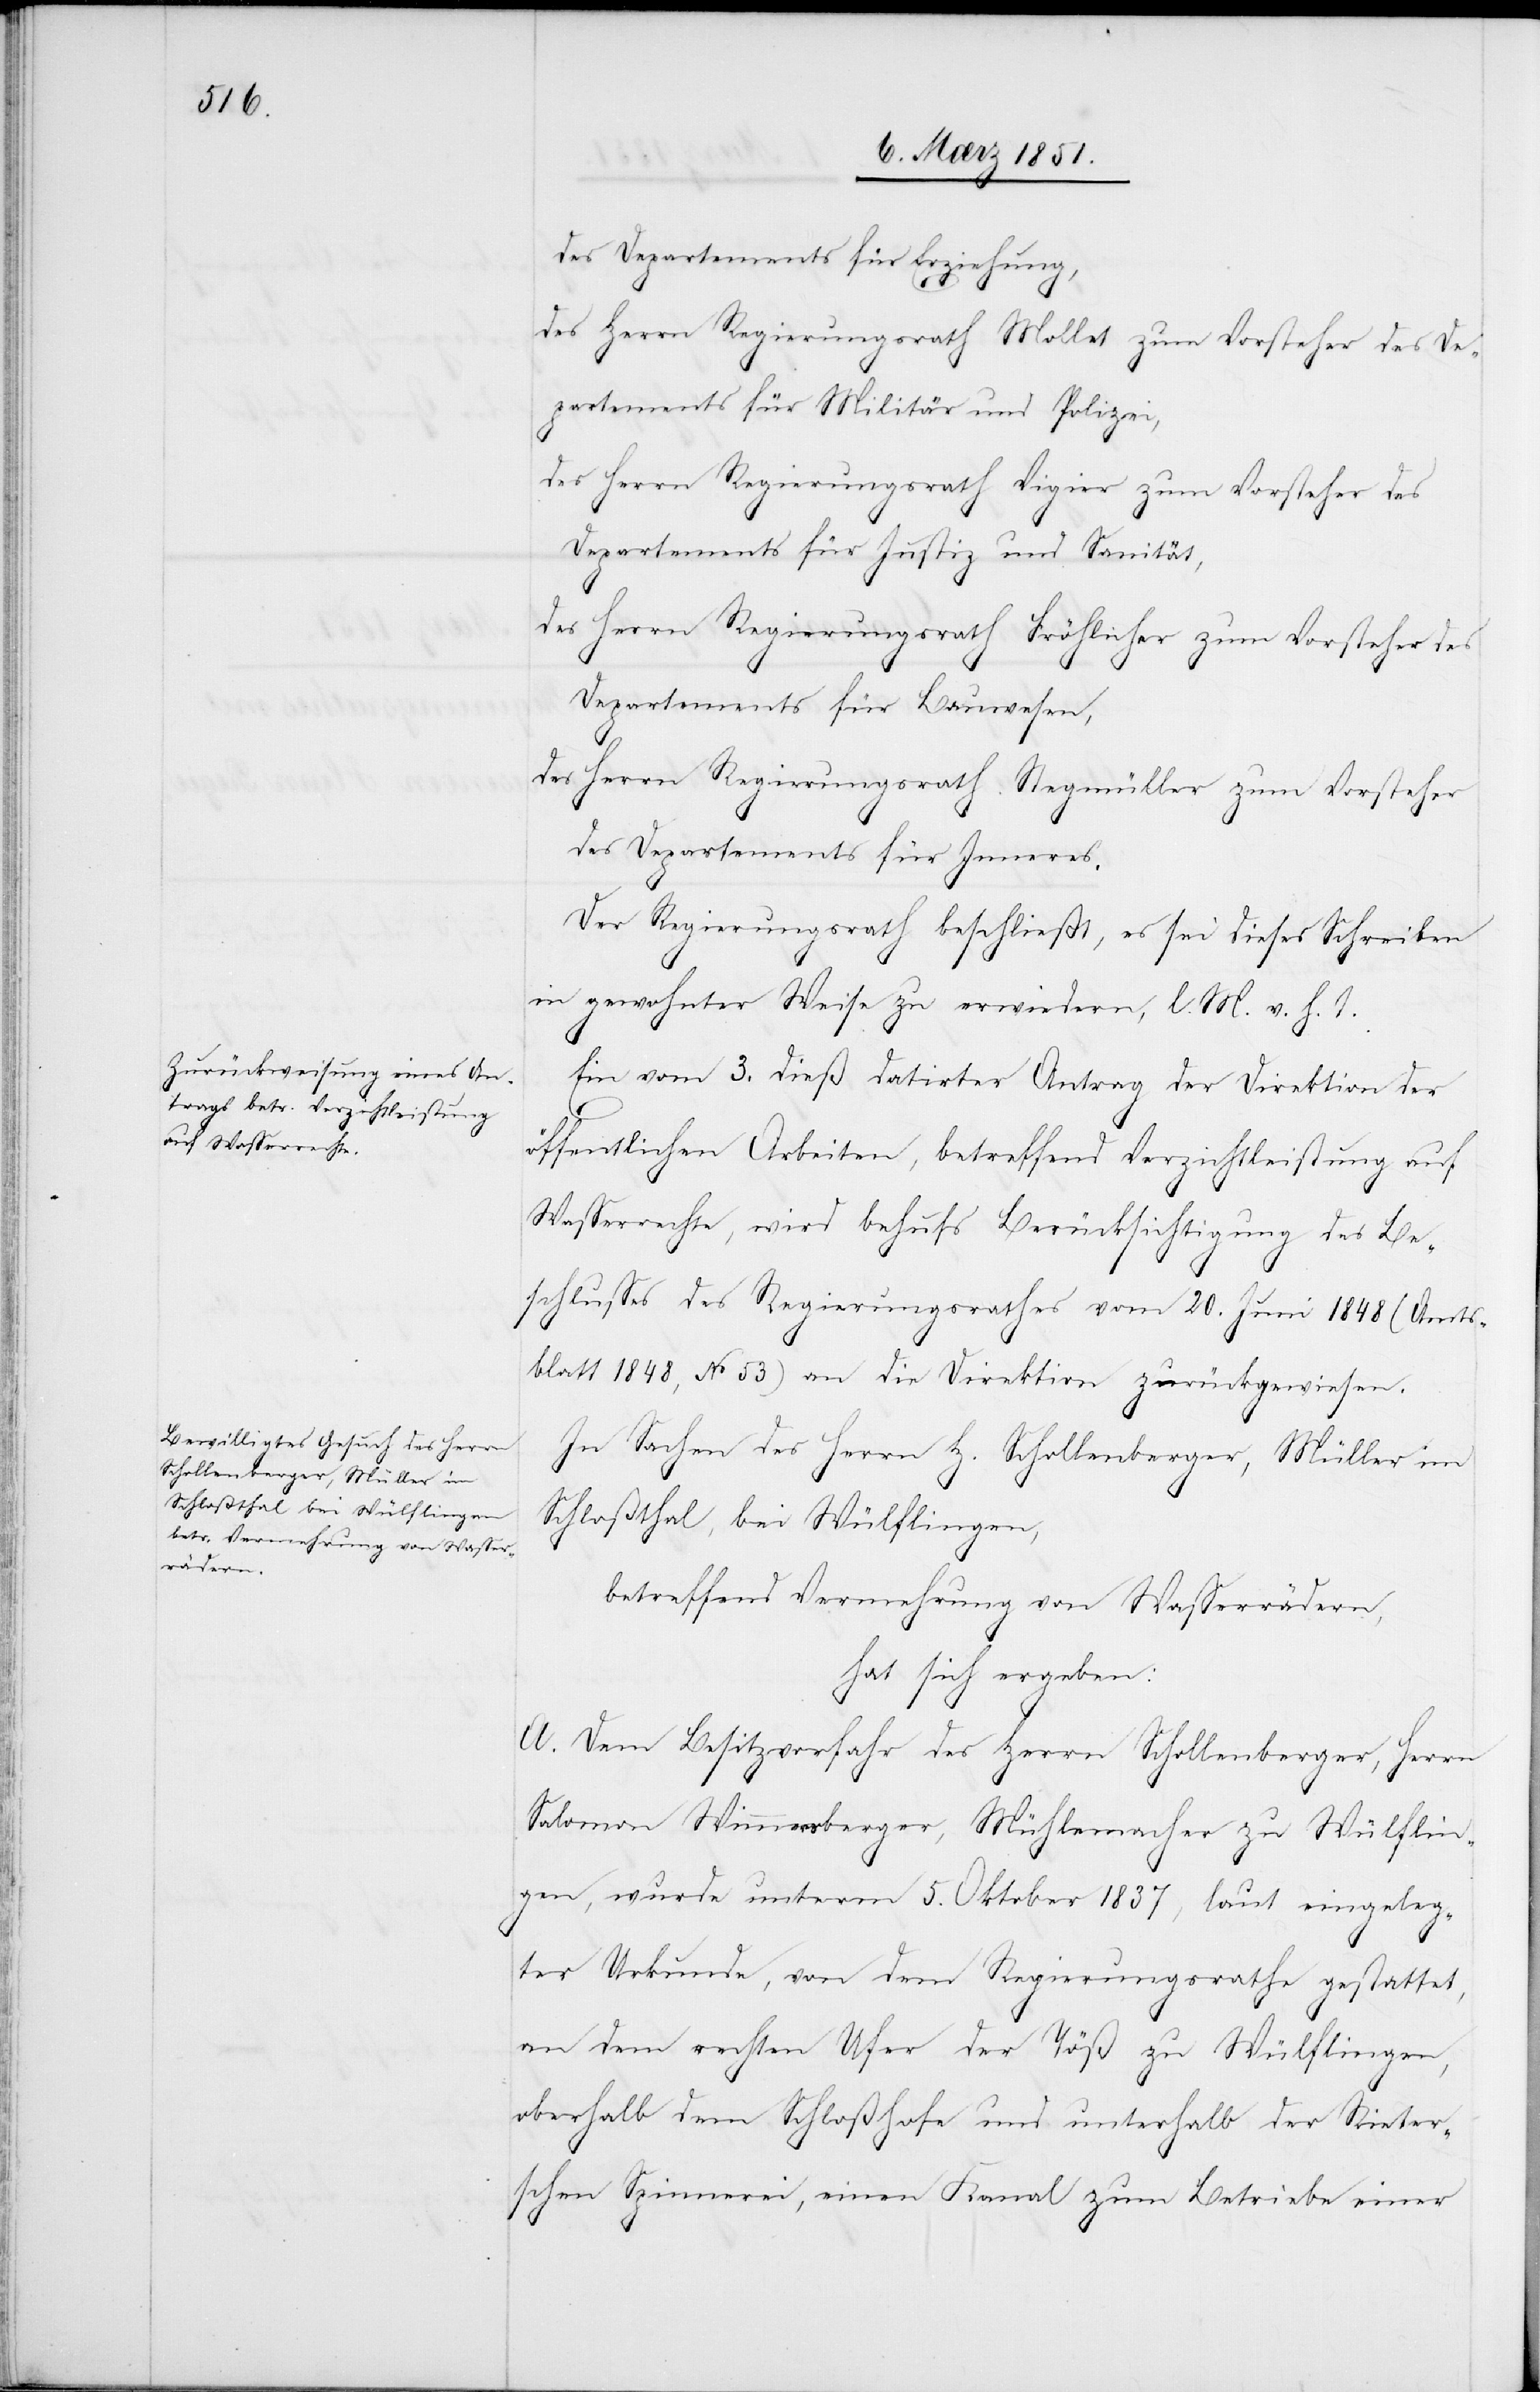
des Departements für Erziehung,
des Herrn Regierungsrath Mollet zum Vorsteher des De¬
partements für Militär und Polizei,
des Herrn Regierungsrath Vigier zum Vorsteher des
Departements für Justiz und Sanität,
des Herrn Regierungsrath Fröhlicher zum Vorsteher des
Departements für Bauwesen,
des Herrn Regierungsrath Stegmüller zum Vorsteher
des Departements für Inneres.
Der Regierungsrath beschließt, es sei dieses Schreiben
in gewohnter Weise zu erwiedern, l. M. v. h. T.
Ein vom 3. dieß datirter Antrag der Direktion der
öffentlichen Arbeiten, betreffend Verzichtleistung auf
Wasserrechte, wird behufs Berücksichtigung des Be¬
schlusses des Regierungsrathes vom 20. Juni 1848 (Amts¬
blatt 1848, No 53) an die Direktion zurückgewiesen.
In Sachen des Herrn H. Schollenberger, Müller im
Schloßthal, bei Wülflingen,
betreffend Vermehrung von Wasserrädern,
hat sich ergeben:
A. Dem Besitzvorfahr des Herrn Schollenberger, Herrn
Salomon Wimmersberger, Mühlemacher zu Wülflin¬
gen, wurde unterm 5. Oktober 1837, laut eingeleg¬
ter Urkunde, von dem Regierungsrathe gestattet,
an dem rechten Ufer der Töß zu Wülflingen,
oberhalb dem Schloßhofe und unterhalb der Rieter¬
schen Spinnerei, einen Kanal zum Betriebe einer